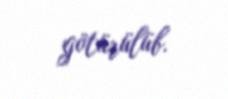
götürülüb.